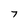
Character: 7